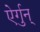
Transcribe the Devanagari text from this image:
ऐर्गुन्